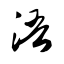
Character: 浯